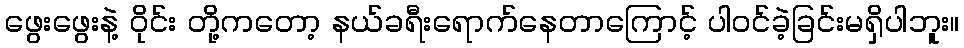
ဖွေးဖွေးနဲ့ ဝိုင်း တို့ကတော့ နယ်ခရီးရောက်နေတာကြောင့် ပါဝင်ခဲ့ခြင်းမရှိပါဘူး။